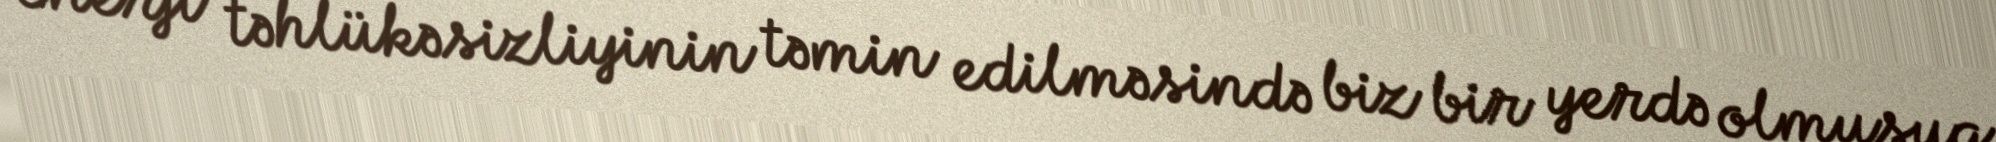
enerji təhlükəsizliyinin təmin edilməsində biz bir yerdə olmuşuq.